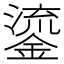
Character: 鎏